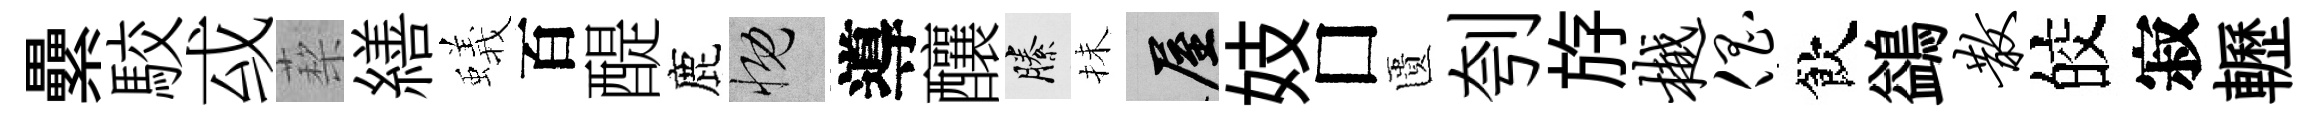
纍駮㦯蔾繕蟻百醍鹿慨導釀縢抺屋妓□匱刳斿樾倡飲鷁散皎寂轣